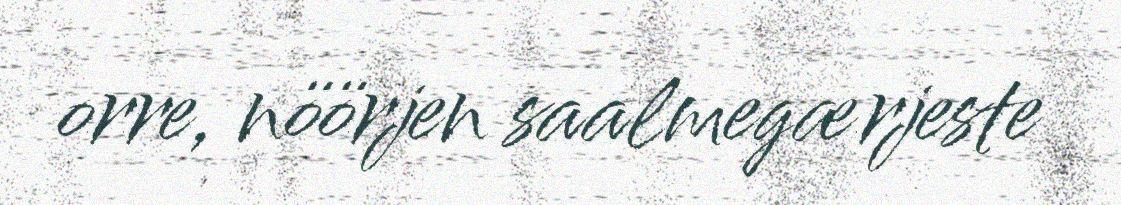
orre, nöörjen saalmegærjeste